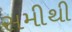
સમીથી